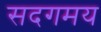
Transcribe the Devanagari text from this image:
सदगमय